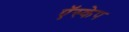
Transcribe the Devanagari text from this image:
ऍस्केप